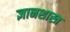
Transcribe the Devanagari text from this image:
ज्ञानशास्त्र